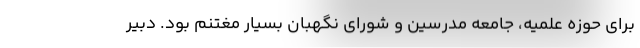
برای حوزه علمیه، جامعه مدرسین و شورای نگهبان بسیار مغتنم بود. دبیر